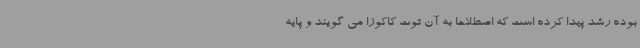
بوده رشد پیدا کرده است که اصطلاحا به آن توت کاکوزا می گویند و پایه